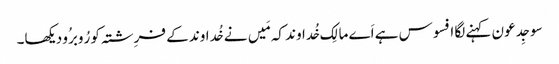
سو جِدعو ن کہنے لگا افسوس ہے اَے مالِک خُداوند کہ مَیں نے خُداوند کے فرِشتہ کو رُوبرُو دیکھا۔